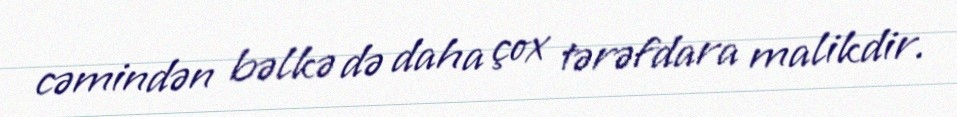
cəmindən bəlkə də daha çox tərəfdara malikdir.